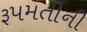
રૂપમતીની